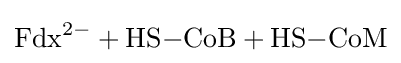
{\ce {Fdx^2- + HS-CoB + HS-CoM}}